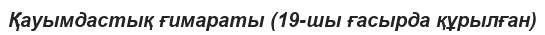
Қауымдастық ғимараты (19-шы ғасырда құрылған)